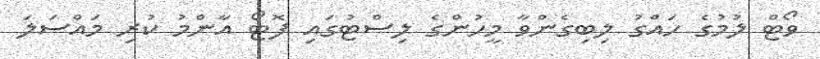
ވޯޓް ލުމުގެ ހައްގު ލިބިގެންވާ މީހުންގެ ލިސްޓުގައި ފޮޓޯ އާންމު ކުރި މައްސަލަ